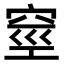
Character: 𥥻